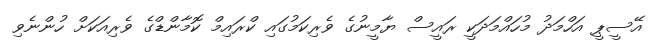
އޭސީޕީ އަހްމަދު މުހައްމަދަކީ ރައީސް ޔާމީނުގެ ވެރިކަމުގައި ކްރައިމް ކޮމާންޑްގެ ވެރިއަކަށް ހުންނެވި